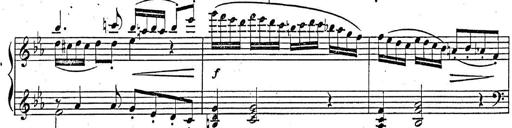
Title: 2 Sonatinas, Op.8
Composer: Hermann Goetz